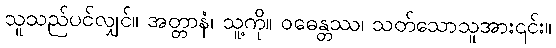
သူသည်ပင်လျှင်။ အတ္တာနံ၊ သူ့ကို။ ဝဓေန္တဿ၊ သတ်သောသူအား၎င်း။